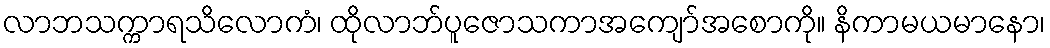
လာဘသက္ကာရသိလောကံ၊ ထိုလာဘ်ပူဇောသကာအကျော်အစောကို။ နိကာမယမာနော၊